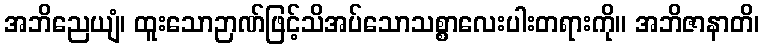
အဘိညေယျံ၊ ထူးသောဉာဏ်ဖြင့်သိအပ်သောသစ္စာလေးပါးတရားကို။ အဘိဇာနာတိ၊